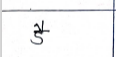
मजकूर: डै